Annual report of the Camel Specialist
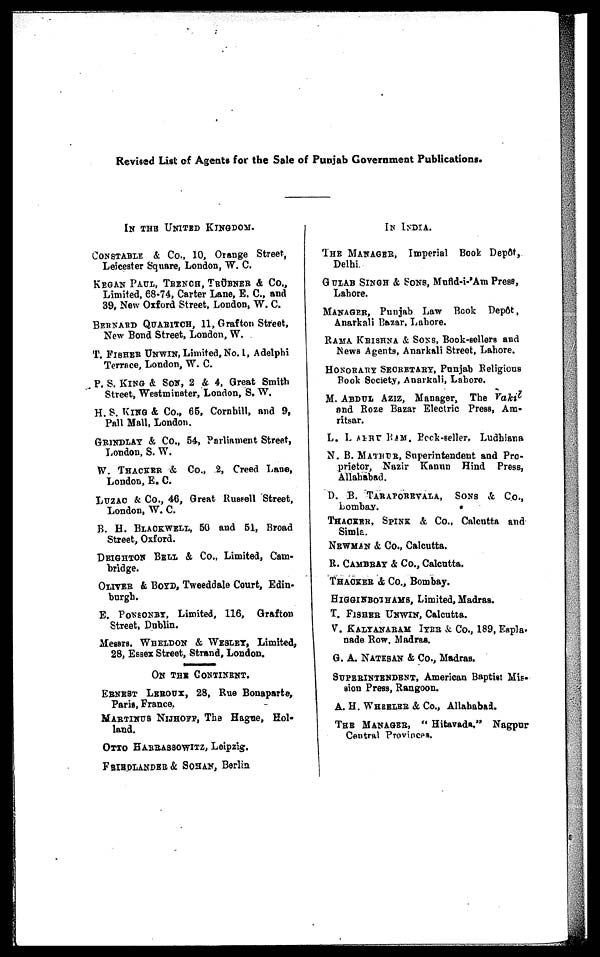
Revised List of Agents for the Sale of Punjab Government Publications.
IN THE UNITED KINGDOM.
CONSTABLE & Co., 10, Orange Street,
Leicester Square, London, W. C.
KEGAN PAUL, TRENCH, TRÜBNER & CO.,
Limited, 68-74, Carter Lane, E. C., and
39, New Oxford Street, London, W. C.
BERNARD QUARITCH, 11, Grafton Street,
New Bond Street, London, W.
T. FISHER UNWIN, Limited, No. 1, Adelphi
Terrace, London, W. C.
P. S. KING & SON, 2 & 4, Great Smith
Street, Westminster, London, S. W.
H. S. KING & Co., 65, Cornhill, and 9,
Pall Mall, London.
GRINDLAY & Co., 54, Parliament Street,
London, S. W.
W. THACKER & Co., 2, Creed Lane,
London, E. C.
LUZAC & Co., 46, Great Russell Street,
London, W. C.
B. H. BLACKWELL, 50 and 51, Broad
Street, Oxford.
DEIGHTON BELL & Co., Limited, Cam-
bridge.
OLIVER & BOYD, Tweeddale Court, Edin-
burgh.
E. PONSONBY, Limited, 116, Grafton
Street, Dublin.
Messrs. WHELDON & WESLEY, Limited,
28, Essex Street, Strand, London.
ON THE CONTINENT.
ERNEST LEROUX,
28, Rue Bonaparte,
Paris, France.
MARTINUS NIJHOFF, The Hague, Hol-
land.
OTTO HARRASSOWITZ, Leipzig.
FRIEDLANDER & SOHAN, Berlin
IN INDIA.
THE MANAGER, Imperial Book Depôt,
Delhi.
GULAB SINGH & SONS, Mufid-i-'Am Press,
Lahore.
MANAGER, Punjab Law Book Depot,
Anarkali Bazar, Lahore.
RAMA KRISHNA & SONS, Book-sellers and
News Agents, Anarkali Street, Lahore.
HONORARY SECRETARY, Punjab Religious
Book Society, Anarkali, Lahore.
M. ABDUL AZIZ, Manager, The Vakil
and Roze Bazar Electric Press, Am-
ritsar.
L. LABHU RAM. Book-seller, Ludhiana
N. B. MATHUR, Superintendent and Pro-
prietor, Nazir Kanun Hind Press,
Allahabad.
D. B. TARAPOREVALA, SONS & Co.,
Bombay.
THACKER, SPINK & Co., Calcutta and
Simla.
NEWMAN & Co., Calcutta.
R. CAMBRAY & Co., Calcutta.
THACKER & Co., Bombay.
HIGGINBOTHAMS, Limited, Madras.
T. FISHER UNWIN, Calcutta.
V. KALYANARAM IYER & Co., 189, Espla-
nade Row, Madras.
G. A. NATHSAN & Co., Madras.
SUPERINTENDENT, American Baptist Mis-
sion Press, Rangoon.
A. H. WHEELER & Co., Allahabad.
THE MANAGER, "Hitavada," Nagpur
Central Provinces.